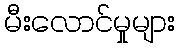
မီးလောင်မှုများ